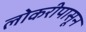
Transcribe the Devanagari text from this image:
लोकरीपासून